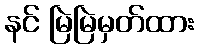
နင် မြဲမြဲမှတ်ထား